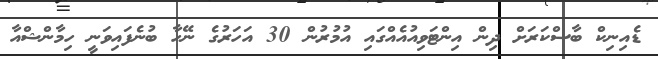
ޑެއިނިކް ބާސްކަރަށް ދިން އިންޓަވިއުއެއްގައި އުމުރުން 30 އަހަރުގެ ނޭހާ ބުނެފައިވަނީ ހިމާންޝްއާ